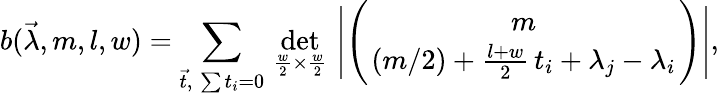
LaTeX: b(\vec{\lambda},m,l,w)=\sum_{\vec{t},\; \sum t_{i}=0}\, \operatorname*{det}_{\frac{w}{2}\times\frac{w}{2}}\, \left|\Biggl({m\atop(m/2)+\frac{l+w}{2}\, t_{i}+\lambda_{j}-\lambda_{i}}\Biggr)\right|,